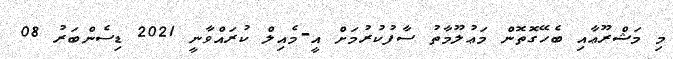
މި މަޝްރޫޢާއި ބެހޭގޮތޮން މަޢުލޫމާތު ސާފުކުރުމަށް އީ-މެއިލް ކުރައްވާނީ 2021 ޑިސެންބަރު 08